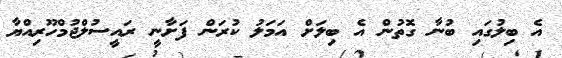
އެ ބިލުގައި ބުނާ ގޮތުން އެ ބިލަށް އަމަލު ކުރަން ފަށާނީ ރައީސުލްޖުމްހޫރިއްޔާ